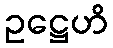
ဥဋ္ဌေဟိ